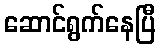
ဆောင်ရွက်နေပြီ